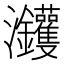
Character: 𰝵